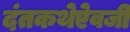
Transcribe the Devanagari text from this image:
दंतकथेऐवजी